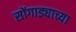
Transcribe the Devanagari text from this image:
सोंगाड्याच्या